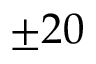
\pm 2 0